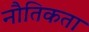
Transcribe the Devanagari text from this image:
नौतिकता